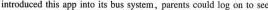
introduced this app into its bus system,parents could log on to see